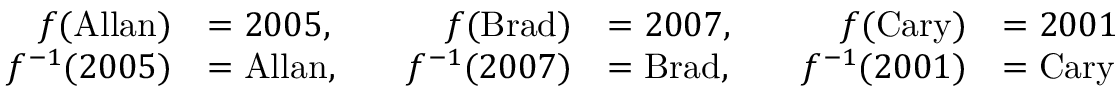
{ \begin{array} { r l r l r l } { f ( { \mathrm { A l l a n } } ) } & { = 2 0 0 5 , \quad } & { f ( { \mathrm { B r a d } } ) } & { = 2 0 0 7 , \quad } & { f ( { \mathrm { C a r y } } ) } & { = 2 0 0 1 } \\ { f ^ { - 1 } ( 2 0 0 5 ) } & { = { \mathrm { A l l a n } } , \quad } & { f ^ { - 1 } ( 2 0 0 7 ) } & { = { \mathrm { B r a d } } , \quad } & { f ^ { - 1 } ( 2 0 0 1 ) } & { = { \mathrm { C a r y } } } \end{array} }